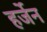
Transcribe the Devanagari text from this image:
हर्जेन